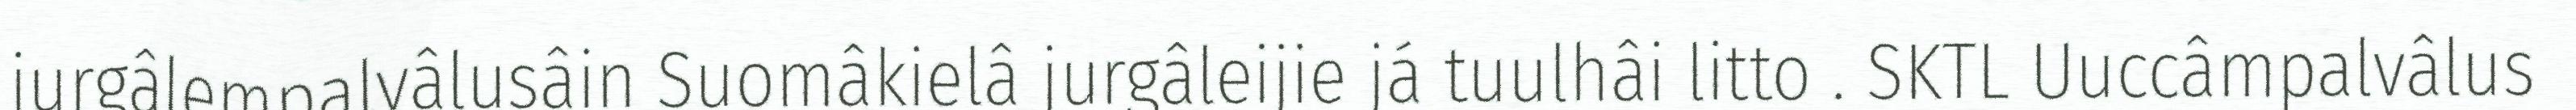
jurgâlempalvâlusâin Suomâkielâ jurgâleijie já tuulhâi litto . SKTL Uuccâmpalvâlus